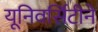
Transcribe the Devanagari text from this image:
यूनिवर्सिटीने